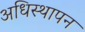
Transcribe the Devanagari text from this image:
अधिस्थापन